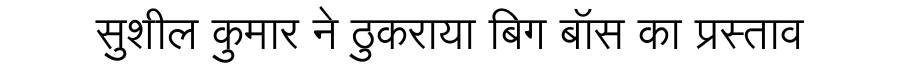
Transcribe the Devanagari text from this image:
सुशील कुमार ने ठुकराया बिग बॉस का प्रस्ताव